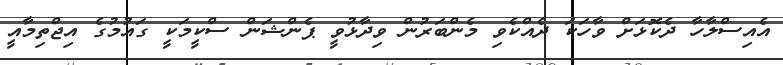
އެއިސްލާހާ ދެކޮޅަށް ވާހަކަ ދެއްކެވި މެންބަރުން ވިދާޅުވީ ޕެންޝަން ސްކީމަކީ ގައުމުގެ އިޖްތިމާއީ